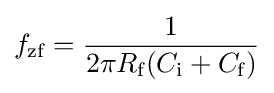
f_{\text{zf}}={\frac {1}{2\pi R_{\text{f}}(C_{\text{i}}+C_{\text{f}})}}